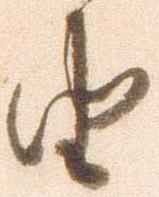
由